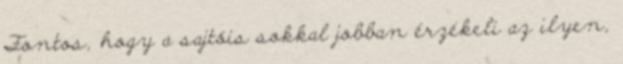
Fontos, hogy a sajtóis sokkal jobban érzékeli az ilyen,